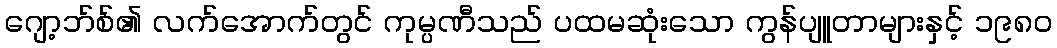
ဂျော့ဘ်စ်၏ လက်အောက်တွင် ကုမ္ပဏီသည် ပထမဆုံးသော ကွန်ပျူတာများနှင့် ၁၉၈၀